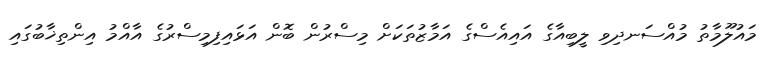
މައުލޫމާތު މުއްސަނދިވި ލީބިއާގެ އައިއެސްގެ އަމާޒުތަކަށް މިސްރުން ބޮން އަޅައިފިމިސްރުގެ އާއްމު އިންތިޚާބުގައި